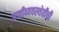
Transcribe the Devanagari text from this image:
जातीव्यवस्थेतीची